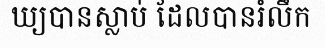
ឃ្យបានស្លាប់ ដែលបានរំលឹក